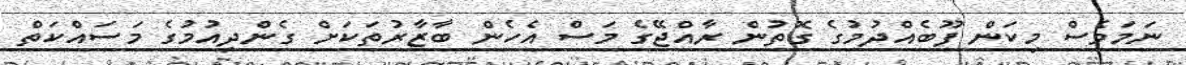
ނަމަވެސް މިކަން ފޫބެއްދުމުގެ ގޮތުން ރާއްޖޭގެ މަސް އެހެން ބާޒާރުތަކަށް ގެންދިއުމުގެ މަސައްކަތް